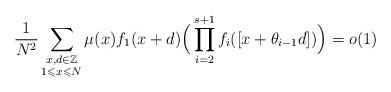
LaTeX: \begin{align*}\frac{1}{N^2} \sum\limits_{\substack{x,d \in \mathbb{Z} \\ 1 \leqslant x \leqslant N}} \mu(x) f_1(x+d)\Big (\prod\limits_{i=2}^{s+1} f_i([x + \theta_{i-1} d]) \Big ) = o(1)\end{align*}